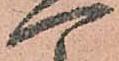
可